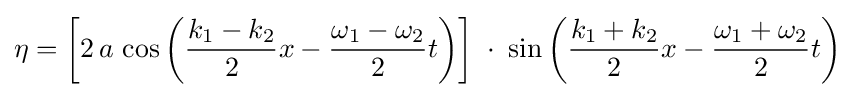
\eta =\left[2\,a\,\cos \left({\frac {k_{1}-k_{2}}{2}}x-{\frac {\omega _{1}-\omega _{2}}{2}}t\right)\right]\;\cdot \;\sin \left({\frac {k_{1}+k_{2}}{2}}x-{\frac {\omega _{1}+\omega _{2}}{2}}t\right)